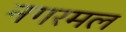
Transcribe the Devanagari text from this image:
नगरमल